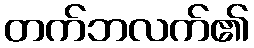
တက်ဘလက်၏